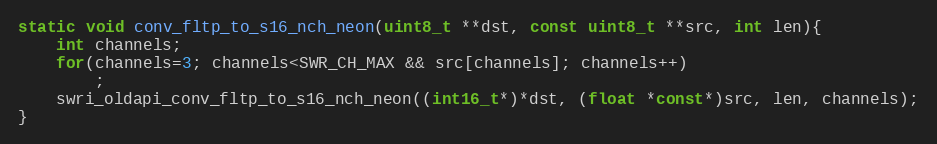
Language: C
static void conv_fltp_to_s16_nch_neon(uint8_t **dst, const uint8_t **src, int len){
    int channels;
    for(channels=3; channels<SWR_CH_MAX && src[channels]; channels++)
        ;
    swri_oldapi_conv_fltp_to_s16_nch_neon((int16_t*)*dst, (float *const*)src, len, channels);
}